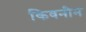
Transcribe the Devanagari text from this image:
किवनीन